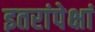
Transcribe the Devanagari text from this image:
इतरांपेक्षां